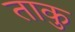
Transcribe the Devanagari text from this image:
ताकु